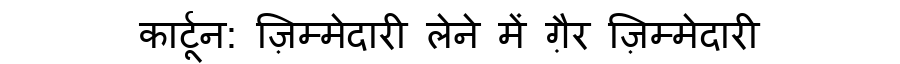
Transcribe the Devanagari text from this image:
कार्टून: ज़िम्मेदारी लेने में ग़ैर ज़िम्मेदारी